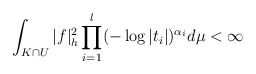
\begin{align*}\int_{K \cap U} |f|^2_h\prod_{i=1}^l(-\log |t_i|)^{\alpha_i} d\mu < \infty\end{align*}